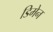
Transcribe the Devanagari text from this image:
डिमेन